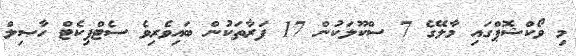
މި ވޯކްޝޮޕްގައި މާލޭގެ 7 ސްކޫލަކުން 17 ފަރާތަކުން ބައިވެރިވެ ސެޓްފިކެޓް ހާޞިލް